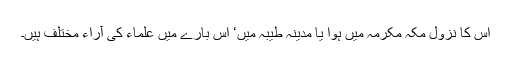
اس کا نزول مکہ مکرمہ میں ہوا یا مدینہ طیبہ میں‘ اس بارے میں علماء کی آراء مختلف ہیں۔